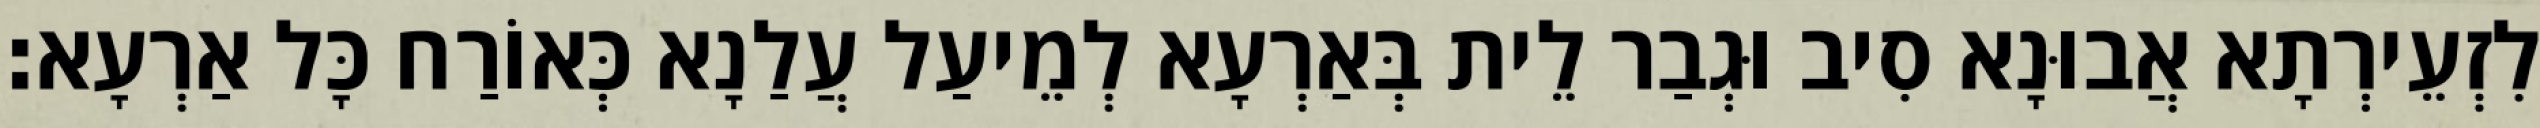
לִזְעֵירְתָא אֲבוּנָא סִיב וּגְבַר לֵית בְּאַרְעָא לְמֵיעַל עֲלַנָא כְּאוֹרַח כָּל אַרְעָא׃